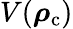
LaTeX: V(\boldsymbol{\mathbf{\rho}}_{\mathrm{c}})